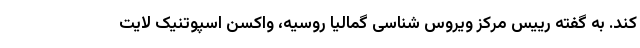
کند. به گفته رییس مرکز ویروس شناسی گمالیا روسیه، واکسن اسپوتنیک لایت